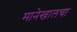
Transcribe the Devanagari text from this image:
मानेखालचा